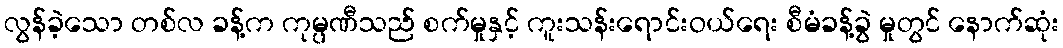
လွန်ခဲ့သော တစ်လ ခန့်က ကုမ္ပဏီသည် စက်မှုနှင့် ကူးသန်းရောင်းဝယ်ရေး စီမံခန့်ခွဲ မှုတွင် နောက်ဆုံး